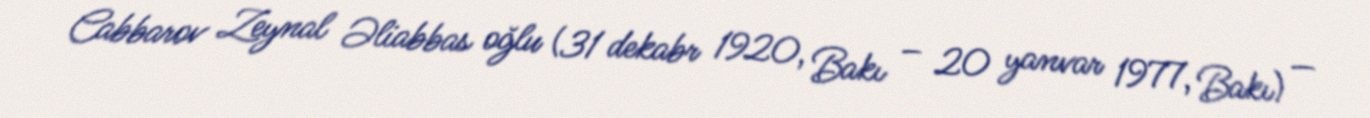
Cabbarov Zeynal Əliabbas oğlu (31 dekabr 1920, Bakı – 20 yanvar 1977, Bakı) —